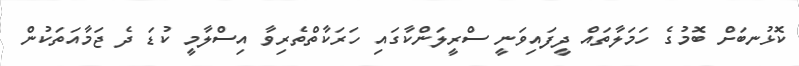
ކޮޅުނބަށް ބޮމުގެ ހަމަލާތައް ދީފައިވަނީ ސްރީލަންކާގައި ހަރަކާތްތެރިވާ އިސްލާމީ ކުޑަ ދެ ޖަމާއަތަކުން